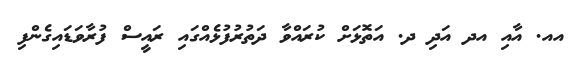
އއ. އާއި އދ އަދި ދ. އަތޮޅަށް ކުރައްވާ ދަތުރުފުޅެއްގައި ރައީސް ފުރާވަޑައިގެންފި